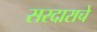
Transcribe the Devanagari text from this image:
सरदाराचे